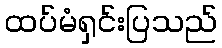
ထပ်မံရှင်းပြသည်